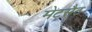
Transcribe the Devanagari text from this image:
मेटसैट